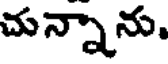
చున్నాను.